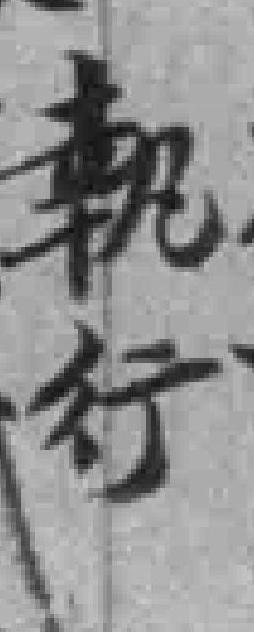
執行